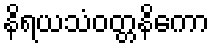
နိရယသံဝတ္တနိကော